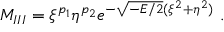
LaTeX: M _ { I I I } = \xi ^ { p _ { 1 } } \eta ^ { p _ { 2 } } e ^ { - \sqrt { - E / 2 } ( \xi ^ { 2 } + \eta ^ { 2 } ) } \ .